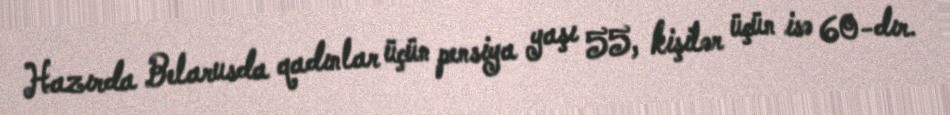
Hazırda Belarusda qadınlar üçün pensiya yaşı 55, kişilər üçün isə 60-dır.